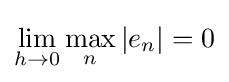
\lim _{h\to 0}\max _{n}|e_{n}|=0